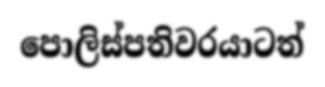
පොලිස්පතිවරයාටත්